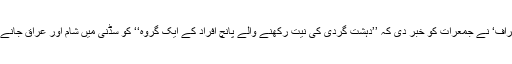
آسٹریلیا کے روزنامہ ’ڈیلی ٹیلیگراف‘ نے جمعرات کو خبر دی کہ ’’دہشت گردی کی نیت رکھنے والے پانچ افراد کے ایک گروہ‘‘ کو سڈنی میں شام اور عراق جانے کی کوشش کے دوران روکا گیا۔